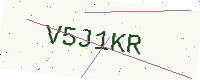
Text: V5J1KR